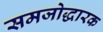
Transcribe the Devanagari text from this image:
समजोद्धारक